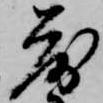
落